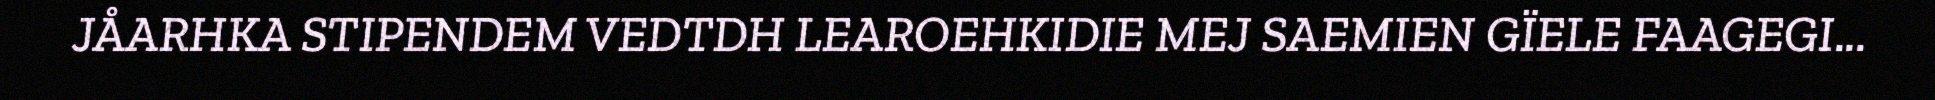
JÅARHKA STIPENDEM VEDTDH LEAROEHKIDIE MEJ SAEMIEN GÏELE FAAGEGI...